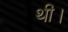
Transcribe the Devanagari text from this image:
थी।